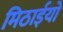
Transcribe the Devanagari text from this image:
मिठाईयो